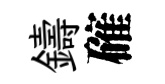
鑄確